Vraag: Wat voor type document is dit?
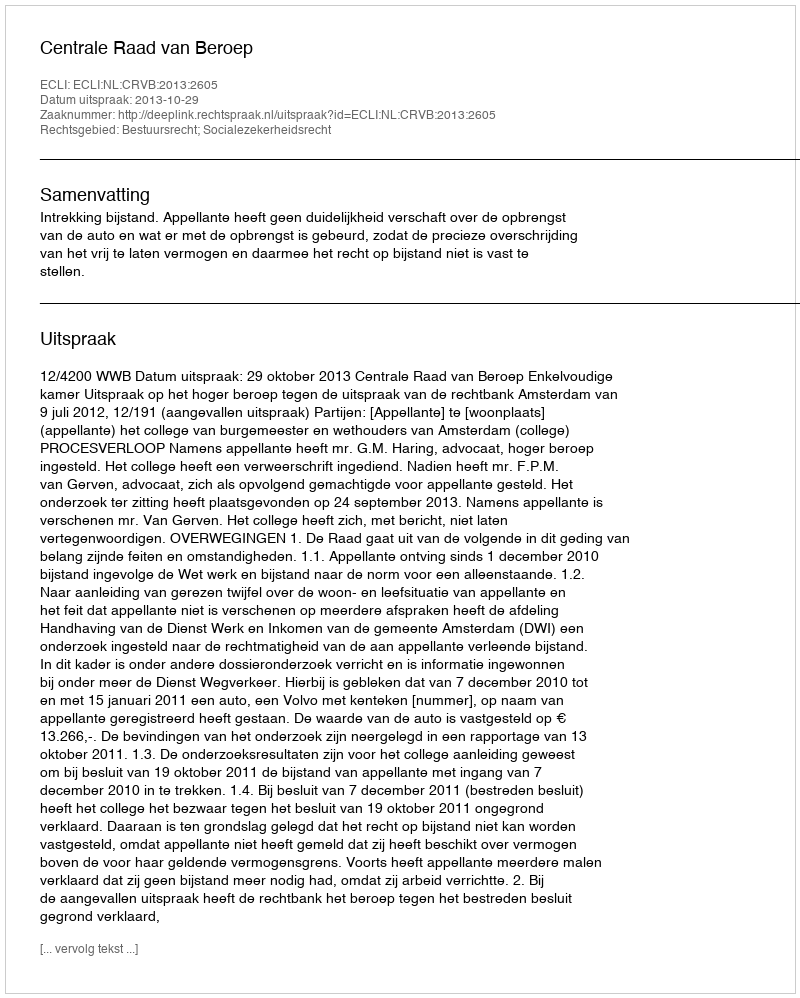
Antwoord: Uitspraak